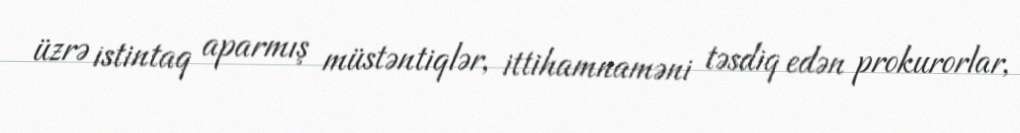
üzrə istintaq aparmış müstəntiqlər, ittihamnaməni təsdiq edən prokurorlar,